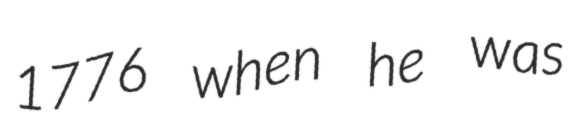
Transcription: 1776 when he was